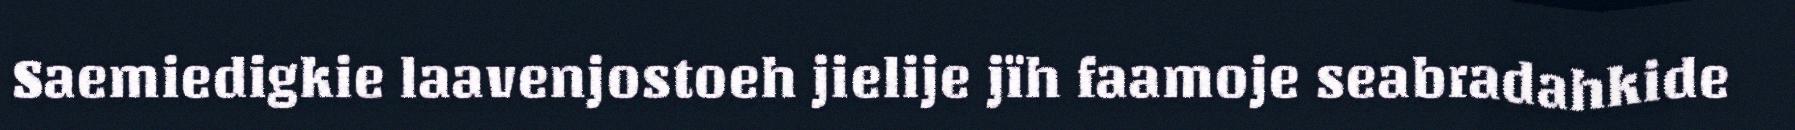
Saemiedigkie laavenjostoeh jielije jïh faamoje seabradahkide